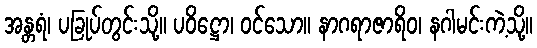
အန္တရံ၊ ပခြုပ်တွင်းသို့။ ပဝိဋ္ဌော၊ ဝင်သော။ နာဂရာဇာရိဝ၊ နဂါမင်းကဲ့သို့။